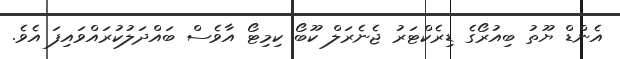
އެންޑް ޔޫތު ބިއުރޯގެ ޑިރެކްޓަރު ޖެނެރަލް ކޫބޯ ކިމިޓޯ އާވެސް ބައްދަލުކުރައްވައިފަ އެވެ.